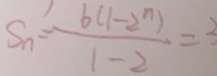
S n = \frac { b ( 1 - 2 ^ { n } ) } { 1 - 2 } = 3